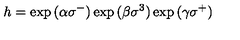
h = \exp { ( \alpha \sigma ^ { - } ) } \exp { ( \beta \sigma ^ { 3 } ) } \exp { ( \gamma \sigma ^ { + } ) }